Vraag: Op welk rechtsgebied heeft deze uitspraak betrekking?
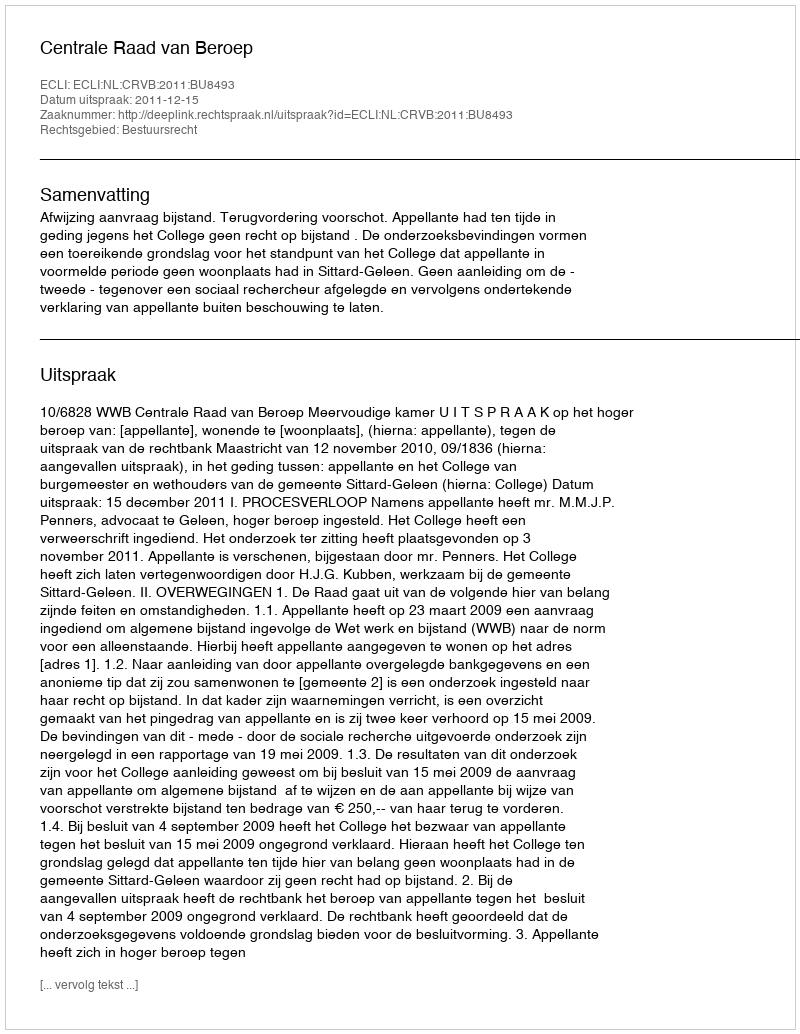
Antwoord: Bestuursrecht